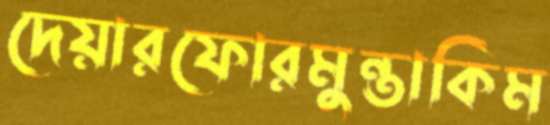
দেয়ারফোরমুন্তাকিম